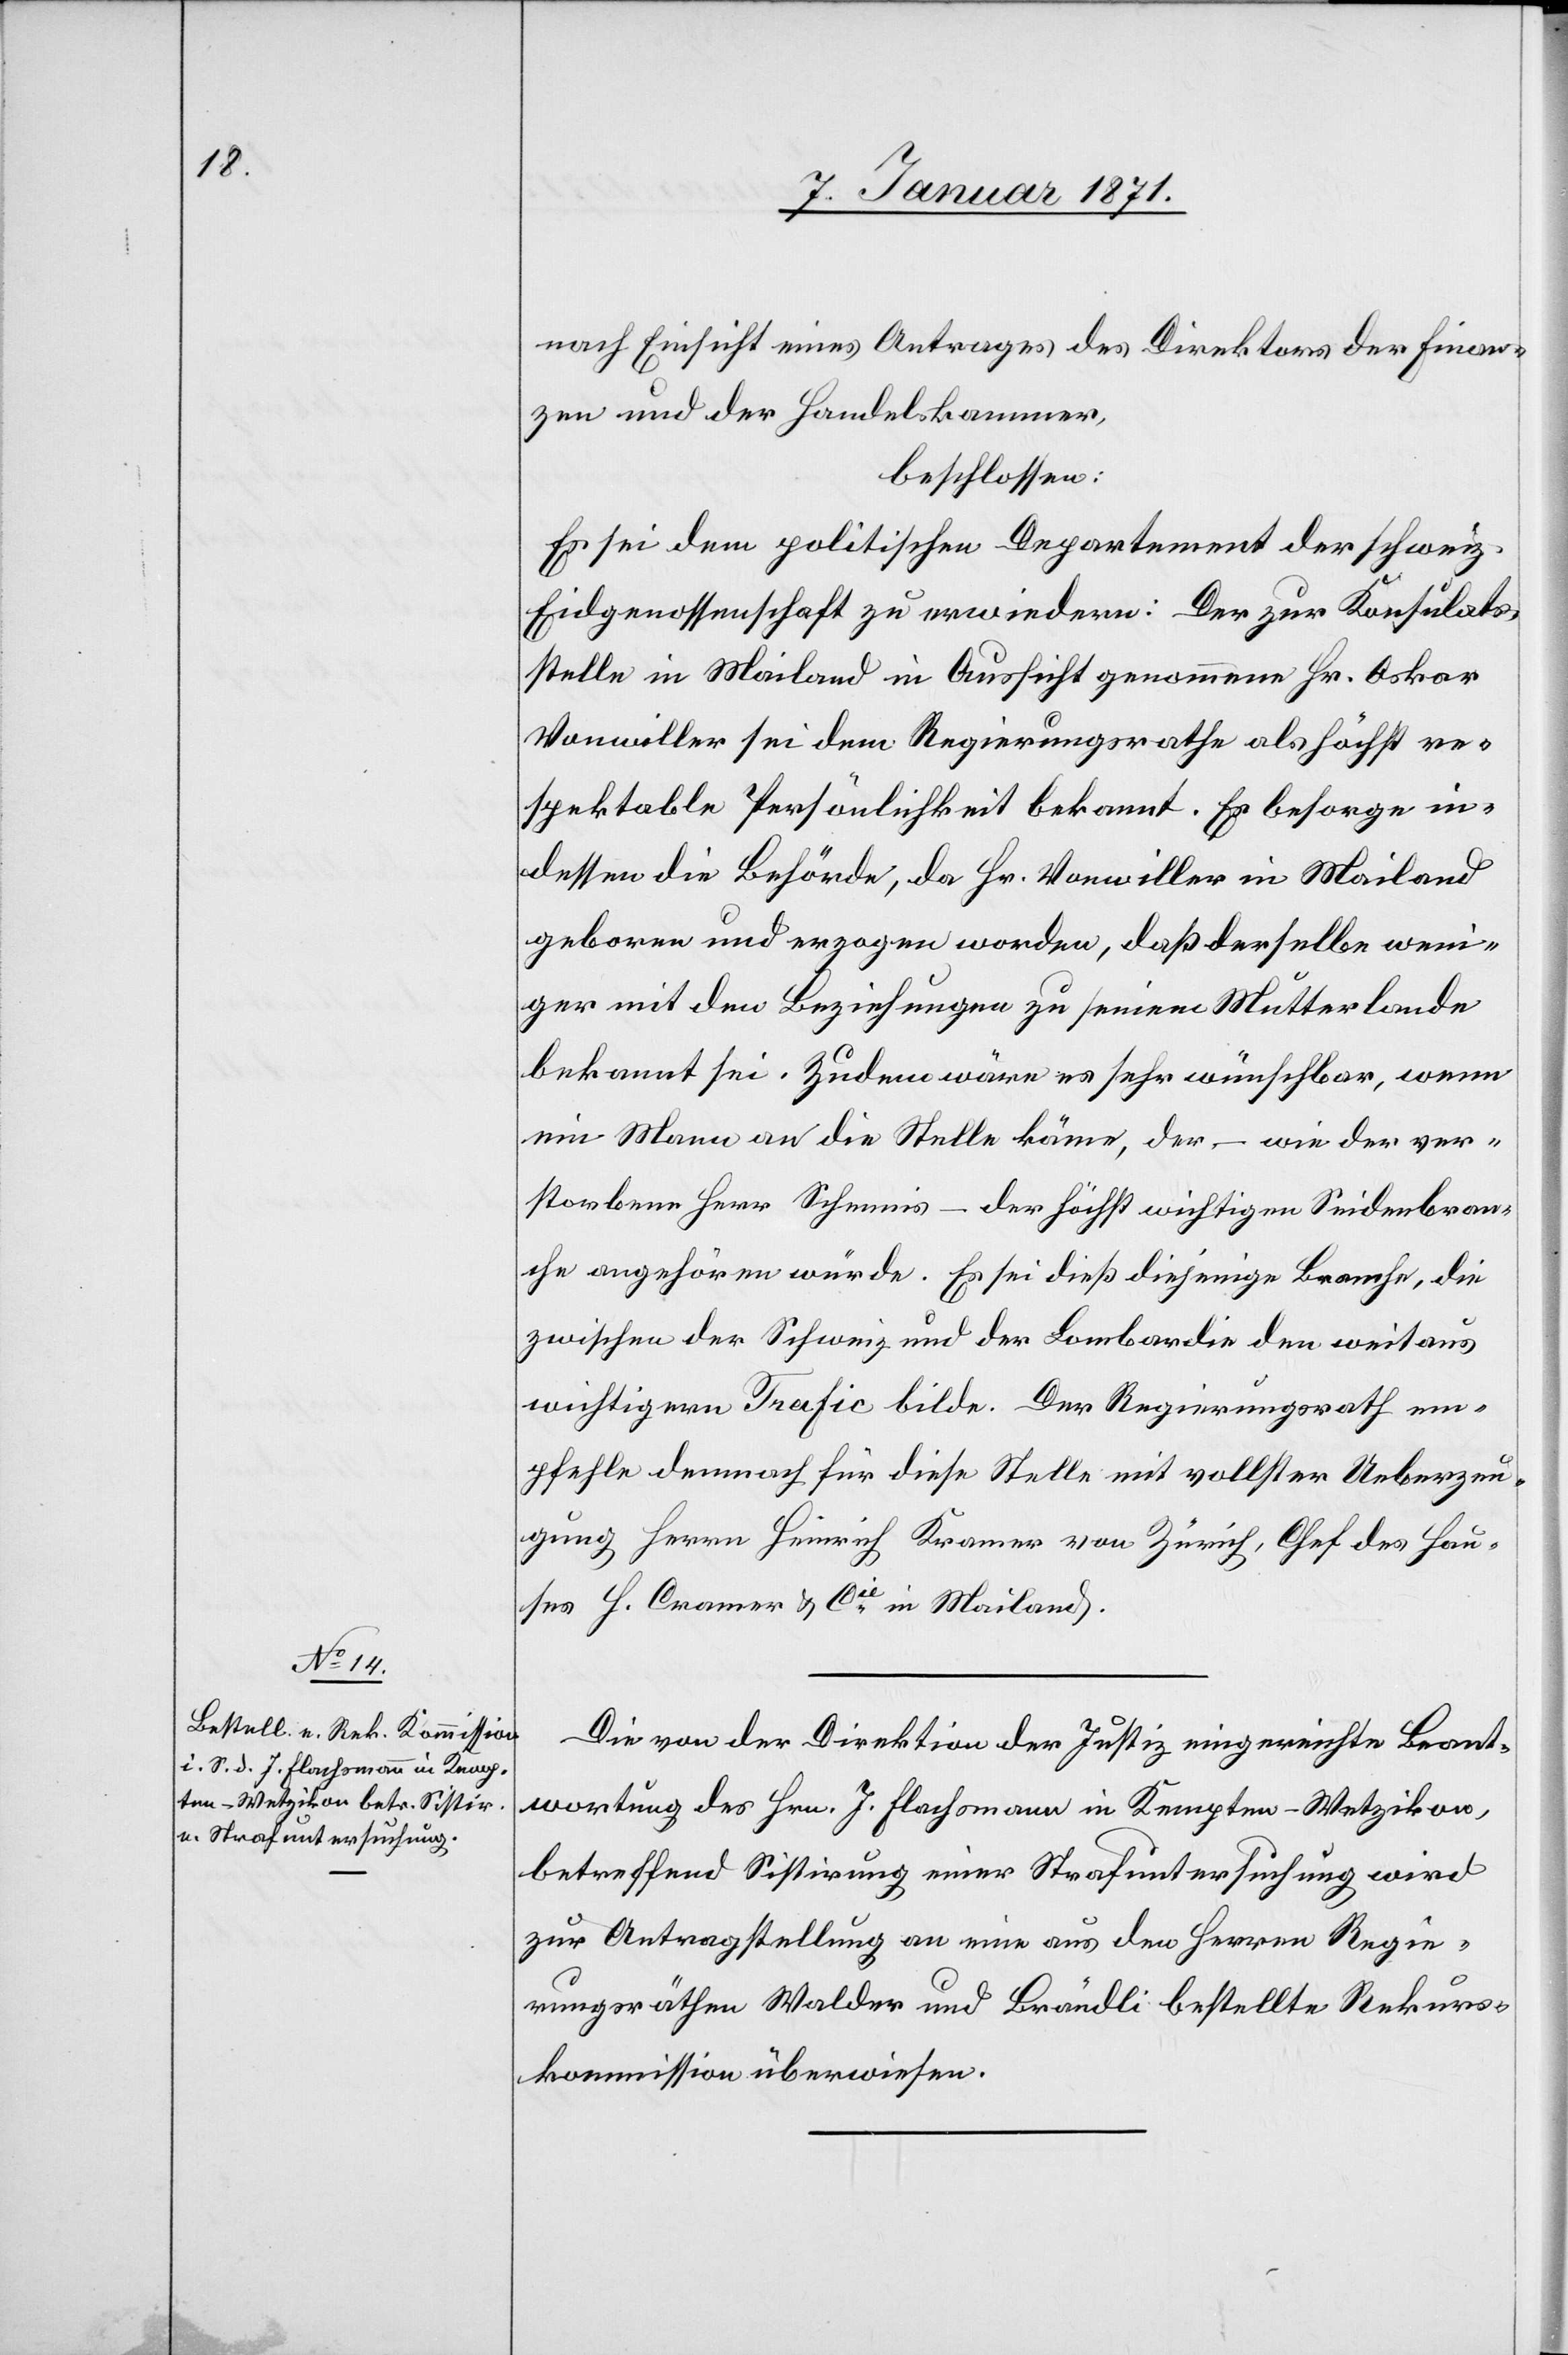
nach Einsicht eines Antrages des Direktors der Finan¬
zen und der Handelskammer,
beschlossen:
Es sei dem politischen Departement der schweiz.
Eidgenossenschaft zu erwiedern: Der zur Konsulats¬
stelle in Mailand in Aussicht genommene Hr. Oskar
Vonwiller sei dem Regierungsrathe als höchst re¬
spektable Persönlichkeit bekannt. Es besorge in¬
dessen die Behörde, da Hr. Vonwiller in Mailand
geboren und erzogen worden, daß derselbe weni¬
ger mit den Beziehungen zu seinem Mutterlande
bekannt sei. Zudem wäre es sehr wünschbar, wenn
ein Mann an die Stelle käme, der – wie der ver¬
storbene Herr Schennis – der höchst wichtigen Seidenbran¬
che angehören würde. Es sei dieß diejenige Branche, die
zwischen der Schweiz und der Lombardie den weitaus
wichtigern Trafic bilde. Der Regierungsrath em¬
pfehle demnach für diese Stelle mit vollster Ueberzeu¬
gung Herrn Heinrich Kramer von Zürich, Chef des Hau¬
ses H. Cramer & Cie in Mailand.
Die von der Direktion der Justiz eingereichte Beant¬
wortung des Hrn. J. Flachsmann in Kempten-Wetzikon,
betreffend Sistirung einer Strafuntersuchung wird
zur Antragstellung an eine aus den Herren Regie¬
rungsräthen Walder und Brändli bestellte Rekurs¬
kommission überwiesen.